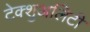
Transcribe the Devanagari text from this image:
टेक्शुअलिटी